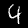
Digit: 4